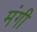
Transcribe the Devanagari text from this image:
मंगी